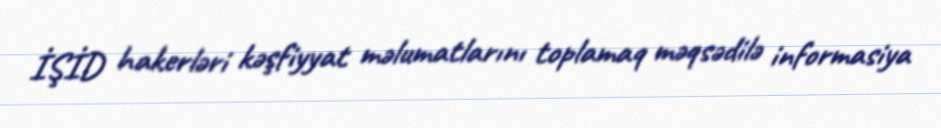
İŞİD hakerləri kəşfiyyat məlumatlarını toplamaq məqsədilə informasiya